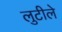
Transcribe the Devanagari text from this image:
लुटीले